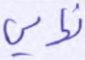
نهائي